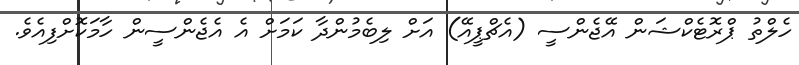
ހެލްތު ޕްރޮޓެކްޝަން އޭޖެންސީ (އެޗްޕީއޭ) އަށް ލިބެމުންދާ ކަމަށް އެ އެޖެންސީން ހާމަކޮށްފިއެވެ.